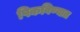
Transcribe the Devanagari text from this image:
पिकविण्यात